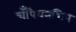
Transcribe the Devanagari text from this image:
चॅंपियनशिप